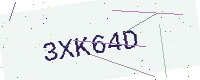
Text: 3XK64D